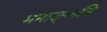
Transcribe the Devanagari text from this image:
ममाङ्गानि